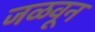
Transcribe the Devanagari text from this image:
जळवून